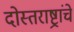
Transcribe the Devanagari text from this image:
दोस्तराष्ट्रांचे